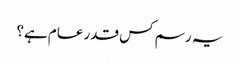
یہ رسم کس قدر عام ہے؟